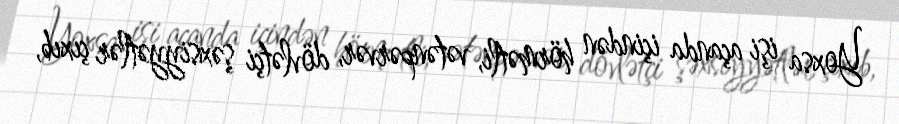
Yoxsa işi açanda içindən hörmətli, vətənpərvər, dövlətçi şəxsiyyətlər çıxıb,